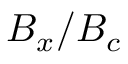
B _ { x } / B _ { c }